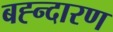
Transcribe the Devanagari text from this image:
बह्न्दारण